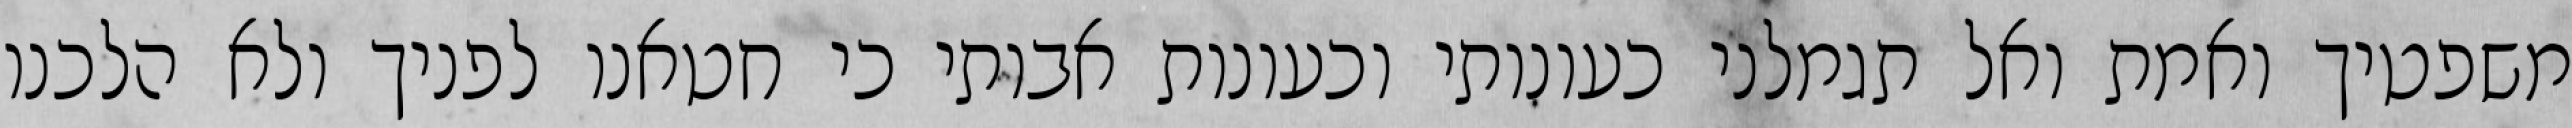
משפטיך ואמת ואל תגמלני כעונותי וכעונות אבותי כי חטאנו לפניך ולא הלכנו